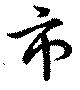
市